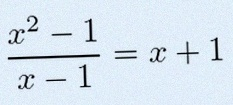
\frac{x^2-1}{x-1}=x+1